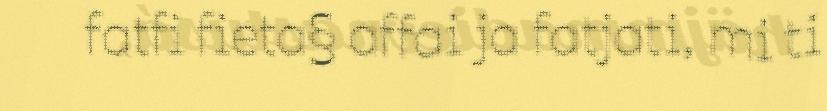
fatfi fieta§ affai ja fatjati, mi ti